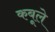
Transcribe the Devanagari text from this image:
कबूले